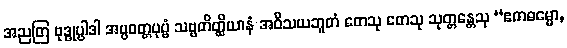
အညတြ ဗုဒ္ဓုပ္ပါဒါ အပ္ပဝတ္တပုဗ္ဗံ သဗ္ဗတိတ္ထိယာနံ အဝိသယဘူတံ တေသု တေသု သုတ္တန္တေသု “ဧကဓမ္မော,